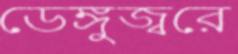
ডেঙ্গুজ্বরে